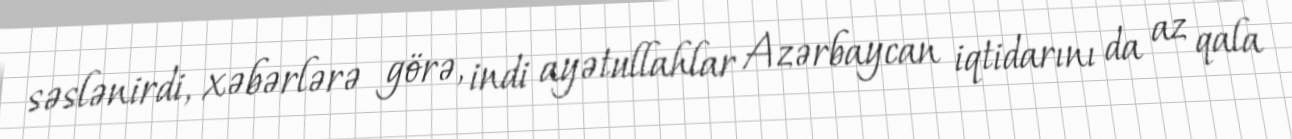
səslənirdi, xəbərlərə görə, indi ayətullahlar Azərbaycan iqtidarını da az qala